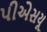
પીએસયૂ